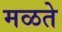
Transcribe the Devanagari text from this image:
मळते